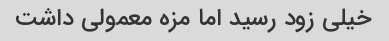
خیلی زود رسید اما مزه معمولی داشت